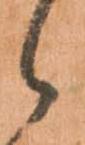
ヽ